Medical and sanitary report on the native army of Bombay for the year
Year: 1878
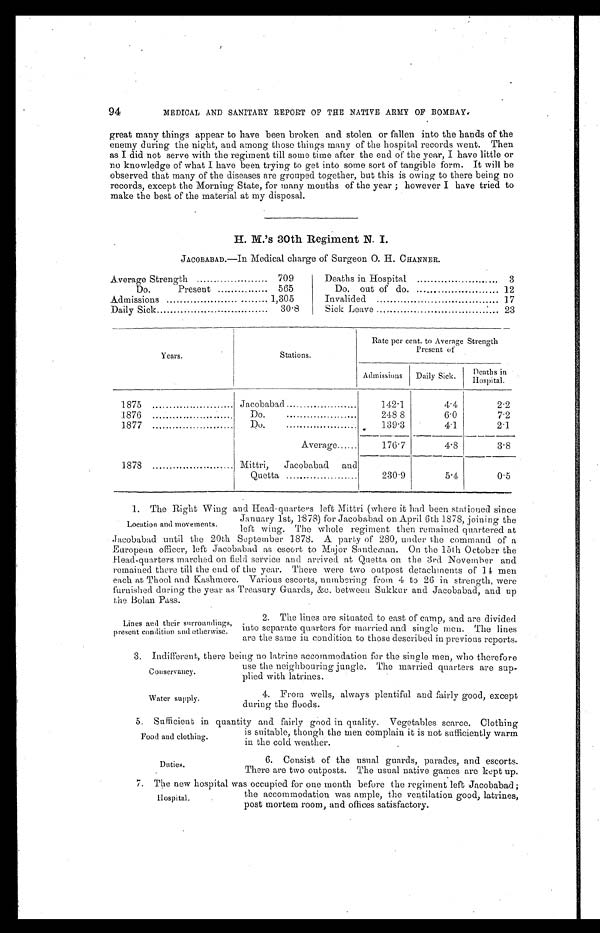
Conservancy.
Water supply.
Food and clothing.
Duties.
94
MEDICAL AND SANITARY REPORT OF THE NATIVE ARMY OF BOMBAY.
great many things appear to have been broken and stolen or fallen into the hands of the
enemy during the night, and among those things many of the hospital records went. Then
as I did not serve with the regiment till some time after the end of the year, I have little or
no knowledge of what I have been trying to get into some sort of tangible form. It will be
observed that many of the diseases are grouped together, but this is owing to there being no
records, except the Morning State, for many months of the year ; however I have tried to
make the best of the material at my disposal.
H. M.’s 30th Regiment N. I.
JACOBABAD.—In Medical charge of Surgeon O. H. CHANNER.
Average Strength
709
Do.
Present
565
Admissions
1,305
Daily Sick
30.8
Deaths in Hospital
... 3
Do. out of do.
12
Invalided
17
Sick Leave
.
23
Years.
Stations.
Rate per cent. toA v e r a g eS
t r e n g t h
Present of
Admissions
Daily Sick.
D e a t h s i n
H o s p i t a l .
1875
Jacobabad
142.1
4.4
2.2
1876
Do . . . . . . . . . . . . . . . . . . . . . . . . .
248.8
6.0
7.2
1877
Do . . . . . . . . . . . . . . . . . . . . . . . . .
1 3 9 . 3
4.1
2.1
Average
176.7
4.8
3.8
1878
Mittri,
Jacobabad and
Quetta
230.9
5.4
0.5
1. The Right Wing and Head-quarters left Mittri (where it had been stationed since
January 1st, 1878) for Jacobabad on April 6th 1878, joining the
left wing. The whole regiment then remained quartered at
Jacobabad until the 20th September 1878. A party of 280, under the command of a
European officer, left Jacobabad as escort to Major Sandeman. On the 15th October the
Head-quarters marched on field service and arrived at Quetta on the 3rd November and
remained there till the end of the year . There were two outpost detachments of 14 men
each at Thool and Kashmere. Various escorts, numbering from 4 to 26 in strength, were
furnished during the year as Treasury Guards, &c. between Sukkur and Jacobabad, and up
the Bolan Pass.
Location and movements.
Lines and their surroundings,
present condition and otherwise.
2. The lines are situated to east of camp, and are divided
into separate quarters for married and single men. The lines
are the same in condition to those described in previous reports.
3. Indifferent, there being no latrine accommodation for the single men, who therefore
use the neighbouring jungle. The married quarters are sup-
plied with latrines.
4. From wells, always plentiful and fairly good, except
during the floods.
5. Sufficient in quantity and fairly good in quality. Vegetables scarce. Clothing
is suitable, though the men complain it is not sufficiently warm
in the cold weather.
6. Consist of the usual guards, parades, and escorts.
There are two outposts. The usual native games are kept up.
7. The new hospital was occupied for one month before the regiment left Jacobabad ;
the accommodation was ample, the ventilation good, latrines,
post mortem room, and offices satisfactory.
Hospital.